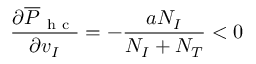
\frac { \partial \overline { { P } } _ { \mathrm { ~ h ~ c ~ } } } { \partial v _ { I } } = - \frac { a N _ { I } } { N _ { I } + N _ { T } } < 0